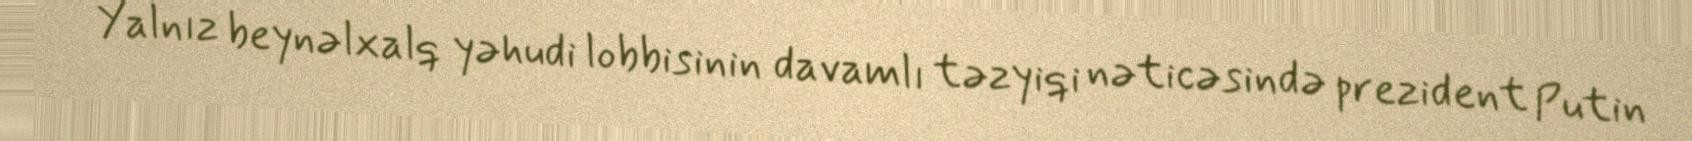
Yalnız beynəlxalq yəhudi lobbisinin davamlı təzyiqi nəticəsində prezident Putin